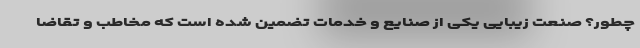
چطور؟ صنعت زیبایی یکی از صنایع و خدمات تضمین شده است که مخاطب و تقاضا